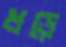
ধড়ে